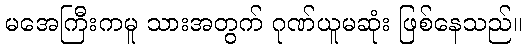
မအေကြီးကမူ သားအတွက် ဂုဏ်ယူမဆုံး ဖြစ်နေသည်။